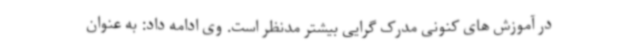
در آموزش های کنونی مدرک گرایی بیشتر مدنظر است. وی ادامه داد: به عنوان